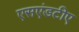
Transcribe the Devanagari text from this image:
एसएंडटीए